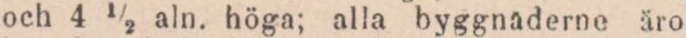
och 4 ½ aln. höga; alla byggnaderne äro